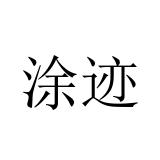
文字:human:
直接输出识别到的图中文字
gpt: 涂迹